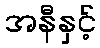
အနီနှင့်